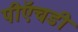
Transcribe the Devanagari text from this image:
पीऍचडी